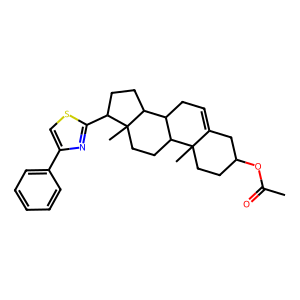
SMILES: CC(=O)OC1CCC2(C)C(=CCC3C2CCC2(C)C(c4nc(-c5ccccc5)cs4)CCC32)C1
Inhibits HIV replication: No